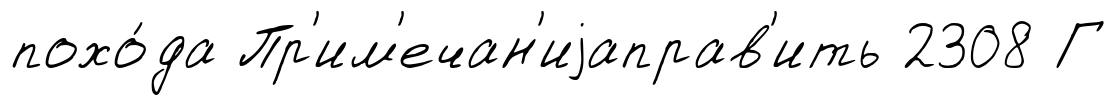
похо́да Пр'им'ечан'иjаправ'ить 2308 Г